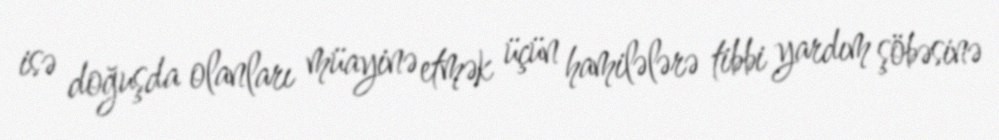
isə doğuşda olanları müayinə etmək üçün hamilələrə tibbi yardım şöbəsinə